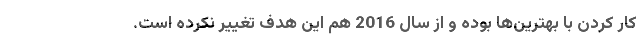
کار کردن با بهترین‌ها بوده و از سال 2016 هم این هدف تغییر نکرده است.